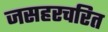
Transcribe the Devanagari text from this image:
जसहरचरित